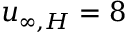
u _ { \infty , H } = 8